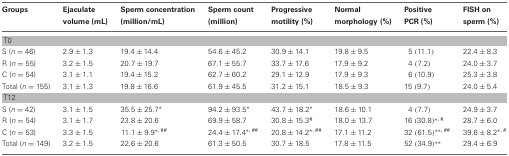
<table><thead><tr><td><b>Groups</b></td><td><b>Ejaculate volume (mL)</b></td><td><b>Sperm concentration (million/mL)</b></td><td><b>Sperm count (million)</b></td><td><b>Progressive motility (%)</b></td><td><b>Normal morphology (%)</b></td><td><b>Positive PCR (%)</b></td><td><b>FISH on sperm (%)</b></td></tr></thead><tbody><tr><td colspan="8">T0</td></tr><tr><td>S (<i>n</i> = 46)</td><td>2.9 ± 1.3</td><td>19.4 ± 14.4</td><td>54.6 ± 45.2</td><td>30.9 ± 14.1</td><td>19.8 ± 9.5</td><td>5 (11.1)</td><td>22.4 ± 8.3</td></tr><tr><td>R (<i>n</i> = 55)</td><td>3.2 ± 1.5</td><td>20.7 ± 19.7</td><td>67.1 ± 55.7</td><td>33.7 ± 17.6</td><td>17.9 ± 9.2</td><td>4 (7.2)</td><td>24.0 ± 3.7</td></tr><tr><td>C (<i>n</i> =54)</td><td>3.1 ± 1.1</td><td>19.4 ± 15.2</td><td>62.7 ± 60.2</td><td>29.1 ± 12.9</td><td>17.9 ± 9.3</td><td>6 (10.9)</td><td>25.3 ± 3.8</td></tr><tr><td>Total (<i>n</i> = 155)</td><td>3.1 ± 1.3</td><td>19.8 ± 16.6</td><td>61.9 ± 45.5</td><td>31.2 ± 15.1</td><td>18.5 ± 9.3</td><td>15 (9.7)</td><td>24.0 ± 5.4</td></tr><tr><td colspan="8">T12</td></tr><tr><td>S (<i>n</i> = 42)</td><td>3.1 ± 1.5</td><td>35.5 ± 25.7<sup>*</sup></td><td>94.2 ± 93.5<sup>*</sup></td><td>43.7 ± 18.2<sup>*</sup></td><td>18.6 ± 10.1</td><td>4 (7.7)</td><td>24.9 ± 3.7</td></tr><tr><td>R (<i>n</i> = 54)</td><td>3.1 ± 1.7</td><td>23.8 ± 20.6</td><td>69.9 ± 58.7</td><td>30.8 ± 15.3<sup>#</sup></td><td>18.0 ± 13.7</td><td>16 (30.8)<sup>*</sup><sup>,</sup><sup>#</sup></td><td>28.7 ± 6.0</td></tr><tr><td>C (<i>n</i> = 53)</td><td>3.3 ± 1.5</td><td>11.1 ± 9.9<sup>*</sup><sup>,</sup><sup>##</sup></td><td>24.4 ± 17.4<sup>*</sup><sup>,</sup><sup>##</sup></td><td>20.8 ± 14.2<sup>*</sup><sup>,</sup><sup>##</sup></td><td>17.1 ± 11.2</td><td>32 (61.5)<sup>**</sup><sup>,</sup><sup>##</sup></td><td>39.6 ± 8.2<sup>*</sup><sup>,</sup><sup>#</sup></td></tr><tr><td>Total (<i>n</i> = 149)</td><td>3.2 ± 1.5</td><td>22.6 ± 20.6</td><td>61.3 ± 50.5</td><td>30.7 ± 18.5</td><td>17.8 ± 11.5</td><td>52 (34.9)<sup>**</sup></td><td>29.4 ±6.9</td></tr></tbody></table>